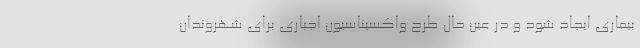
بیماری ایجاد شود و در عین حال طرح واکسیناسیون اجباری برای شهروندان